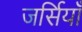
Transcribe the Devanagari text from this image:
जर्सियाँ